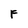
Character: F